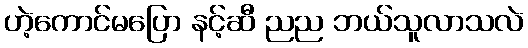
ဟဲ့ကောင်မပြော နင့်ဆီ ညည ဘယ်သူလာသလဲ